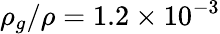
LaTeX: \rho_{g}/\rho=1.2\times 10^{-3}